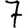
Digit: 7